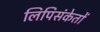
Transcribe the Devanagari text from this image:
लिपिसंकेतों